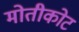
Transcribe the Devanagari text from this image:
मोतीकोट